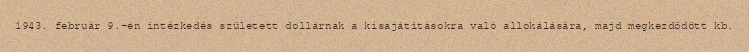
1943. február 9.-én intézkedés született dollárnak a kisajátításokra való allokálására, majd megkezdődött kb.